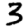
Digit: 3